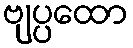
ဗျပ္ပထော